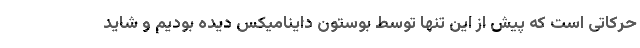
حرکاتی است که پیش از این تنها توسط بوستون داینامیکس دیده بودیم و شاید